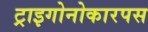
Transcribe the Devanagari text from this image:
ट्राइगोनोकारपस